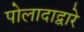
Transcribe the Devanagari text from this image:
पोलादाद्वारे